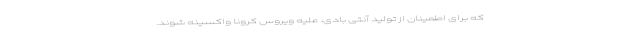
که برای اطمینان از تولید آنتی بادی، علیه ویروس کرونا واکسینه شوند.